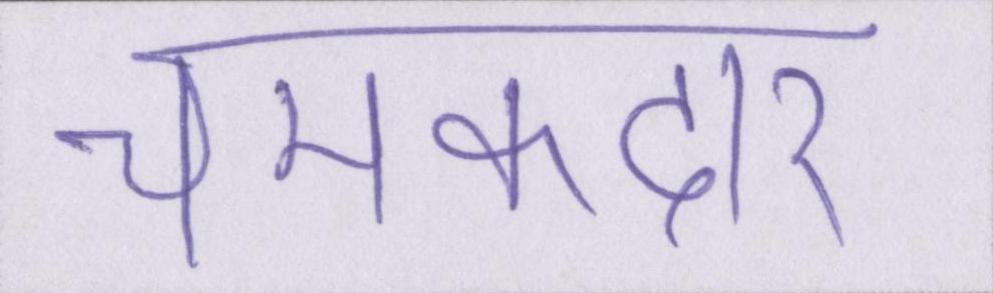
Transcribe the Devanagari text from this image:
चमकदार